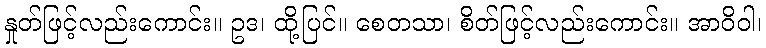
နှုတ်ဖြင့်လည်းကောင်း။ ဥဒ၊ ထို့ပြင်။ စေတသာ၊ စိတ်ဖြင့်လည်းကောင်း။ အာဝိဝါ၊